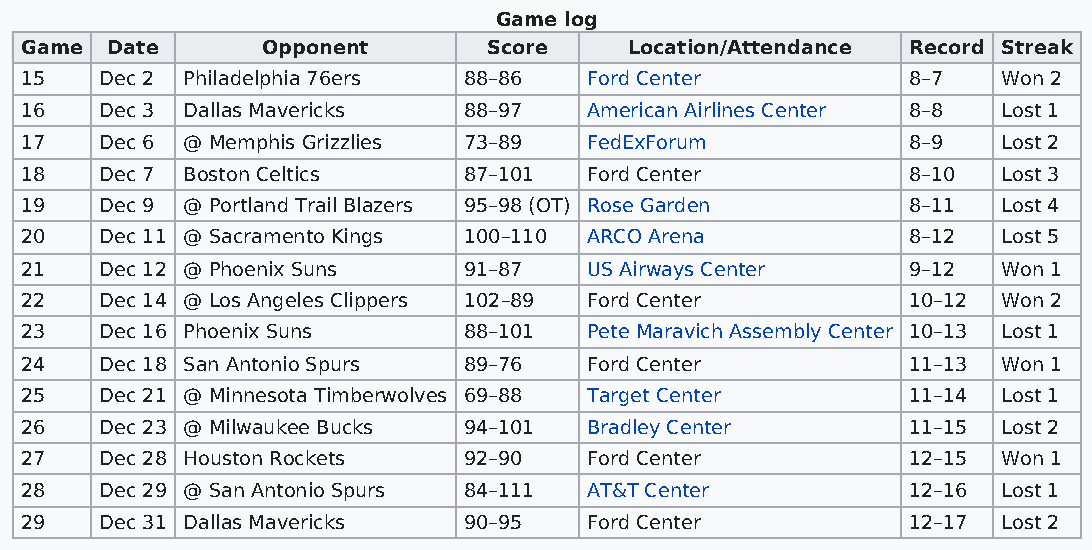
Game log
 Game  Date      Opponent       Score     Location/Attendance Record Streak
 15    Dec 2 Philadelphia 76ers 88–86  Ford Center          8–7   Won 2
 16    Dec 3 Dallas Mavericks  88–97   American Airlines Center 8–8 Lost 1
 17    Dec 6 @ Memphis Grizzlies 73–89 FedExForum           8–9   Lost 2
 18    Dec 7 Boston Celtics    87–101  Ford Center          8–10  Lost 3
 19    Dec 9 @ Portland Trail Blazers 95–98 (OT) Rose Garden 8–11 Lost 4
 20    Dec 11 @ Sacramento Kings 100–110 ARCO Arena         8–12  Lost 5
 21    Dec 12 @ Phoenix Suns   91–87   US Airways Center    9–12  Won 1
 22    Dec 14 @ Los Angeles Clippers 102–89 Ford Center     10–12 Won 2
 23    Dec 16 Phoenix Suns     88–101  Pete Maravich Assembly Center 10–13 Lost 1
 24    Dec 18 San Antonio Spurs 89–76  Ford Center          11–13 Won 1
 25    Dec 21 @ Minnesota Timberwolves 69–88 Target Center  11–14 Lost 1
 26    Dec 23 @ Milwaukee Bucks 94–101 Bradley Center       11–15 Lost 2
 27    Dec 28 Houston Rockets  92–90   Ford Center          12–15 Won 1
 28    Dec 29 @ San Antonio Spurs 84–111 AT&T Center        12–16 Lost 1
 29    Dec 31 Dallas Mavericks 90–95   Ford Center          12–17 Lost 2